Snake-venoms in relation to hæmolysis - Number 17
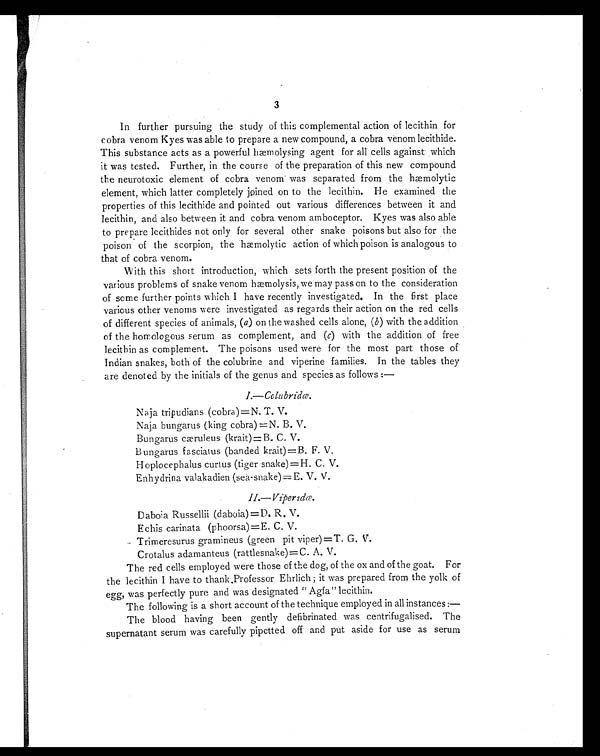
3
In further pursuing the study of this complemental action of lecithin for
cobra venom Kyes was able to prepare a new compound, a cobra venom lecithide.
This substance acts as a powerful hæmolysing agent for all cells against which
it was tested. Further, in the course of the preparation of this new compound
the neurotoxic element of cobra venom was separated from the hæmolytic
element, which latter completely joined on to the lecithin. He examined the
properties of this lecithide and pointed out various differences between it and
lecithin, and also between it and cobra venom amboceptor. Kyes was also able
to prepare lecithides not only for several other snake poisons but also for the
poison of the scorpion, the hæmolytic action of which poison is analogous to
that of cobra venom.
With this short introduction, which sets forth the present position of the
various problems of snake venom hæmolysis, we may pass on to the consideration
of some further points which I have recently investigated. In the first place
various other venoms were investigated as regards their action on the red cells
of different species of animals, ( a) on the washed cells alone, ( b ) with the addition
of the homologous serum as complement, and (c) with the addition of free
lecithin as complement. The poisons used were for the most part those of
Indian snakes, both of the colubrine and viperine families. In the tables they
are denoted by the initials of the genus and species as follows :—
I.—Colubridæ.
Naja tripudians (cobra)=N. T. V.
Naja bungarus (king cobra) =N. B. V.
Bungarus cæruleus (krait)=B. C. V.
Bungarus fasciatus (banded krait)=B. F. V.
Hoplocephalus curtus (tiger snake)=H. C. V.
Enhydrina valakadien (sea-snake) = E. V. V.
II.—Viperidæ.
Daboia Russellii (daboia)=D. R. V.
Echis carinata (phoorsa)=E. C. V.
Trimeresurus gramineus (green pit viper)=T. G. V.
Crotalus adamanteus (rattlesnake)=C. A. V.
The red cells employed were those of the dog, of the ox and of the goat. For
the lecithin I have to thank Professor Ehrlich ; it was prepared from the yolk of
egg, was perfectly pure and was designated " Agfa" lecithin.
The following is a short account of the technique employed in all instances :
—
The blood having been gently defibrinated was centrifugalised. The
supernatant serum was carefully pipetted off and put aside for use as serum